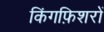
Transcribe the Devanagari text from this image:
किंगफ़िशरों